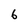
Character: 6